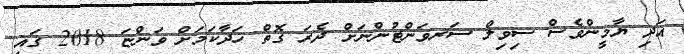
އަދި ޔާމީންވެސް ސިވިލް ސަރވަންޓުންނަށް ދެރަ ގޮތް ހަދާކަމަށް ވަންޏަ 2018 ގައި